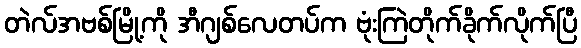
တဲလ်အဗစ်မြို့ကို အီဂျစ်လေတပ်က ဗုံးကြဲတိုက်ခိုက်လိုက်ပြီ